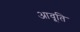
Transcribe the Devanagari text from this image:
आवृ्ति